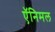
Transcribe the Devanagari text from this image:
ऍनिमल